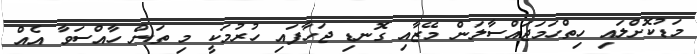
މަޑުކޮށްލައި ހިތްހަމަޖައްސާލަން މޭޒާއި ގޮނޑި ޖަހާފައި ހުރުމަކީ މި ތަން ހާއްސަވާ އެއް